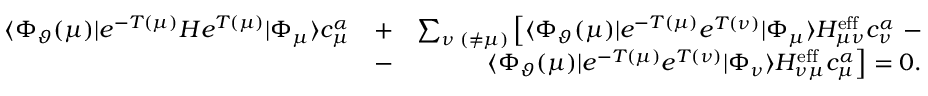
\begin{array} { r l r } { \langle \Phi _ { \vartheta } ( \mu ) | e ^ { - T ( \mu ) } H e ^ { T ( \mu ) } | \Phi _ { \mu } \rangle c _ { \mu } ^ { \alpha } } & { + } & { \sum _ { \nu \; ( \neq \mu ) } \left[ \langle \Phi _ { \vartheta } ( \mu ) | e ^ { - T ( \mu ) } e ^ { T ( \nu ) } | \Phi _ { \mu } \rangle H _ { \mu \nu } ^ { \mathrm { e f f } } c _ { \nu } ^ { \alpha } \right. - } \\ & { - } & { \left. \langle \Phi _ { \vartheta } ( \mu ) | e ^ { - T ( \mu ) } e ^ { T ( \nu ) } | \Phi _ { \nu } \rangle H _ { \nu \mu } ^ { \mathrm { e f f } } c _ { \mu } ^ { \alpha } \right] = 0 . } \end{array}